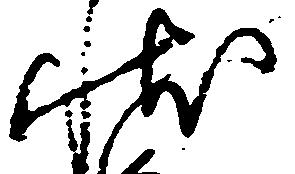
状